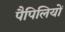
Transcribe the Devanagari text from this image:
पैपिलियों